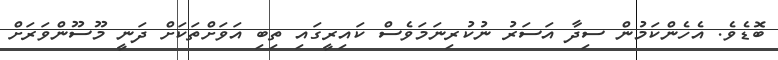
ބޮޑެވެ. އެހެންކަމުން ސިދާ އަސަރު ނުކުރިނަމަވެސް ކައިރީގައި ތިބި އަވަށްތަކަށް ދަނީ މޫސޫންވަރަށް